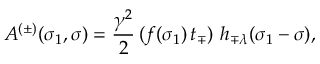
A ^ { ( \pm ) } ( \sigma _ { 1 } , \sigma ) = \frac { \gamma ^ { 2 } } { 2 } \, ( f ( \sigma _ { 1 } ) \, t _ { \mp } ) \, \, h _ { \mp \lambda } ( \sigma _ { 1 } - \sigma ) ,